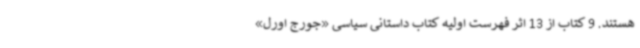
هستند. 9 کتاب از 13 اثر فهرست اولیه کتاب داستانی سیاسی «جورج اورل»